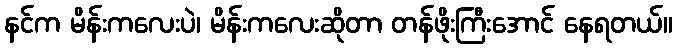
နင်က မိန်းကလေးပဲ၊ မိန်းကလေးဆိုတာ တန်ဖိုးကြီးအောင် နေရတယ်။